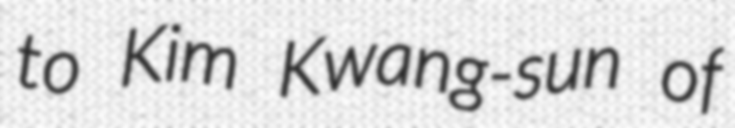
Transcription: to Kim Kwang-sun of